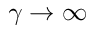
\gamma \to \infty